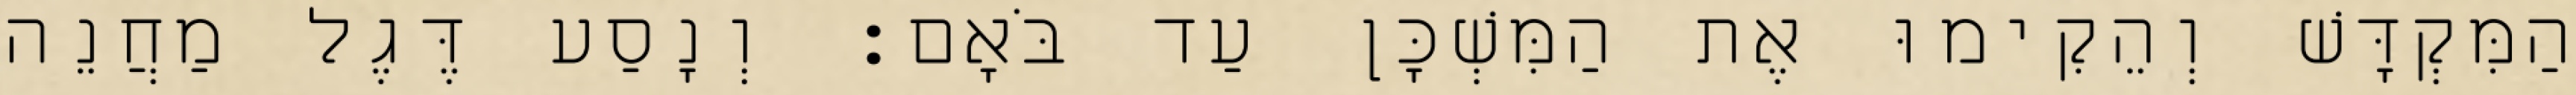
הַמִּקְדָּשׁ וְהֵקִימוּ אֶת הַמִּשְׁכָּן עַד בֹּאָם׃ וְנָסַע דֶּגֶל מַחֲנֵה